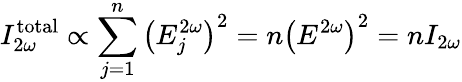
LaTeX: I_{2\omega}^{\mathrm{total}}\propto\sum_{j=1}^{n}\left(E_{j}^{2\omega}\right)^{2}=n\left(E^{2\omega}\right)^{2}=nI_{2\omega}